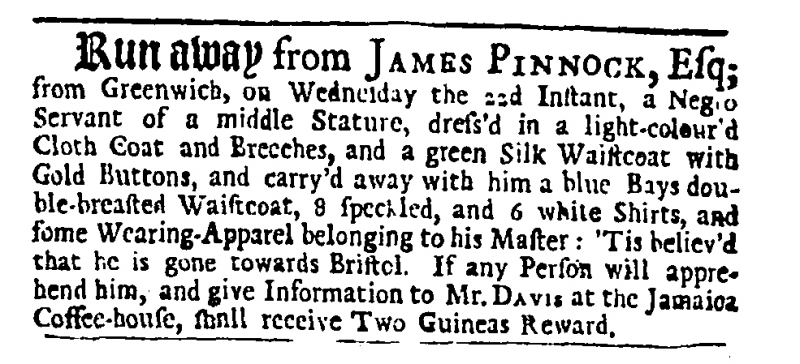
Daily Journal, 27 March 1732 (England)
Run away from JAMES PINNOCK, Esq; from Greenwich, on Wednesday the 22d Instant, a Negro Servant of a middle Stature, dress’d in a light-colour’d Cloth Coat and Breeches, and a green Silk Waistcoat with Gold Buttons, and carry’d away with him a blue Bays double-breasted Waistcoat, 8 speckled, and 6 white Shirts, and some Wearing-Apparel belonging to his Master: ‘Tis believ’d that he is gone towards Bristol. If any Person will apprehend him, and give Information to Mr. DAVIS at the Jamaica Coffee-house, shall receive Two Guineas Reward.